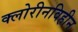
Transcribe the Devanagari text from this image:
क्लोरीनविहीन